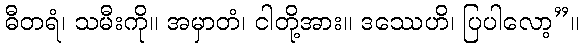
ဓီတရံ၊ သမီးကို။ အမှာတံ၊ ငါတို့အား။ ဒဿေဟိ၊ ပြပါလော့”။